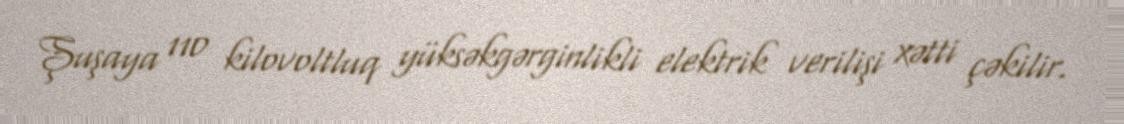
Şuşaya 110 kilovoltluq yüksəkgərginlikli elektrik verilişi xətti çəkilir.